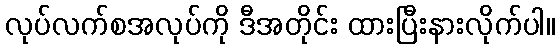
လုပ်လက်စအလုပ်ကို ဒီအတိုင်း ထားပြီးနားလိုက်ပါ။